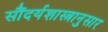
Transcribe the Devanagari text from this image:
सौंदर्यशास्त्रानुसार